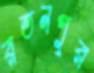
রতনপুর